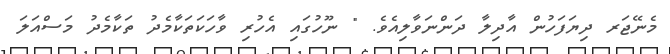
މެނޭޖަރ ދިޔަފަހުން އާދިލާ ދަންނަވާލިއެވެ. " ނޫހުގައި އެހުރި ވާހަކަތަކާމެދު ތަކާމެދު މަސްއަލަ